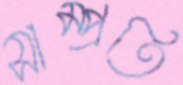
সাম্প্রতি